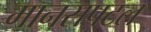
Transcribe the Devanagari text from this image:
मानसपटल